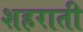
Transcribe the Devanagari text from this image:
शहराती